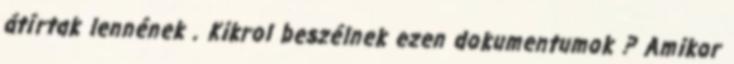
átírtak lennének . Kikrol beszélnek ezen dokumentumok ? Amikor